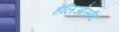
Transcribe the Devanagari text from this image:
हेलिओस्टॅट